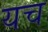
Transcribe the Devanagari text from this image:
यच